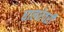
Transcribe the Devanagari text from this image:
घालरेवरी